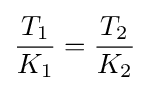
{\frac {T_{1}}{K_{1}}}={\frac {T_{2}}{K_{2}}}